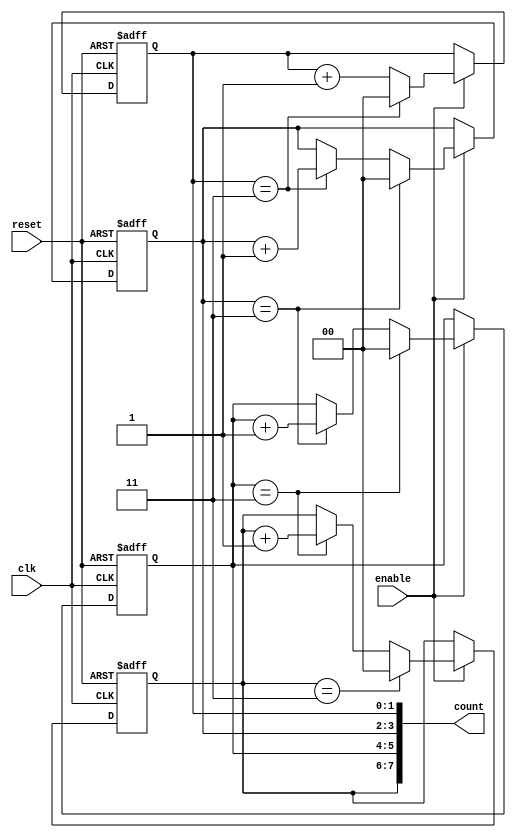
module cascaded_counter #(
    parameter COUNTER_WIDTH = 8,  // Total bit width for the counter
    parameter BLOCK_SIZE = 2       // Size of each memory block
)(
    input wire clk,                 // Clock signal
    input wire reset,               // Asynchronous reset signal
    input wire enable,              // Enable signal to control counting
    output reg [COUNTER_WIDTH-1:0] count  // Current count output
);

// Internal signals for carry propagation
reg [BLOCK_SIZE-1:0] block [0:(COUNTER_WIDTH/BLOCK_SIZE)-1]; 
wire carry [0:(COUNTER_WIDTH/BLOCK_SIZE)-1];

integer i;

initial begin
    // Initialize all memory blocks to zero
    for (i = 0; i < COUNTER_WIDTH/BLOCK_SIZE; i = i + 1) begin
        block[i] = 0;
    end
end

// Asynchronous reset logic
always @(posedge clk or posedge reset) begin
    if (reset) begin
        // Reset all blocks to 0
        for (i = 0; i < COUNTER_WIDTH/BLOCK_SIZE; i = i + 1) begin
            block[i] <= 0;
        end
    end else if (enable) begin
        // Increment the least significant block
        block[0] <= block[0] + 1;

        // Handle carry propagation
        for (i = 0; i < COUNTER_WIDTH/BLOCK_SIZE; i = i + 1) begin
            if (block[i] == {BLOCK_SIZE{1'b1}}) begin  // Check for overflow
                block[i] <= 0; // Reset current block
                if (i + 1 < COUNTER_WIDTH/BLOCK_SIZE) begin
                    block[i+1] <= block[i+1] + 1; // Carry to next block
                end
            end
        end
    end
end

// Concatenate the output from blocks
always @(*) begin
    count = {block[COUNTER_WIDTH/BLOCK_SIZE-1], block[COUNTER_WIDTH/BLOCK_SIZE-2], 
             block[COUNTER_WIDTH/BLOCK_SIZE-3], block[COUNTER_WIDTH/BLOCK_SIZE-4]};
end

endmodule